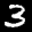
Label: 3